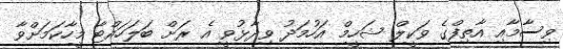
ވިސާމާއި އާތިފްގެ ވަކީލް ޝަހީމް އަހުމަދު ވިދާޅުވީ އެ ރަށް ބަލަހައްޓާ މީހާކަމަށްވާ